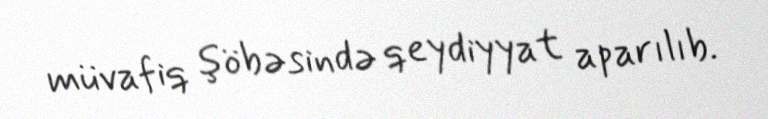
müvafiq şöbəsində qeydiyyat aparılıb.